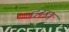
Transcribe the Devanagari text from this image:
हम्प